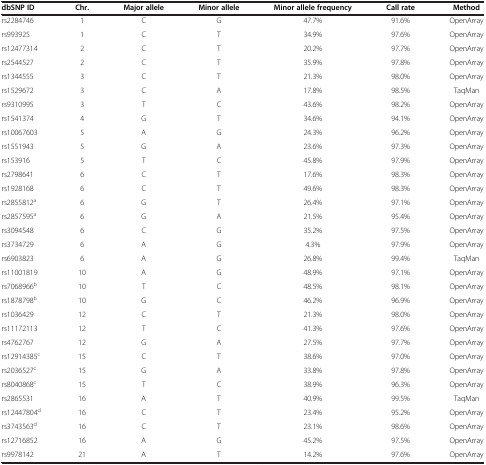
<table><thead><tr><td><b>dbSNP ID</b></td><td><b>Chr.</b></td><td><b>Major allele</b></td><td><b>Minor allele</b></td><td><b>Minor allele frequency</b></td><td><b>Call rate</b></td><td><b>Method</b></td></tr></thead><tbody><tr><td>rs2284746</td><td>1</td><td>C</td><td>G</td><td>47.7%</td><td>91.6%</td><td>OpenArray</td></tr><tr><td>rs993925</td><td>1</td><td>C</td><td>T</td><td>34.9%</td><td>97.6%</td><td>OpenArray</td></tr><tr><td>rs12477314</td><td>2</td><td>C</td><td>T</td><td>20.2%</td><td>97.7%</td><td>OpenArray</td></tr><tr><td>rs2544527</td><td>2</td><td>C</td><td>T</td><td>35.9%</td><td>97.8%</td><td>OpenArray</td></tr><tr><td>rs1344555</td><td>3</td><td>C</td><td>T</td><td>21.3%</td><td>98.0%</td><td>OpenArray</td></tr><tr><td>rs1529672</td><td>3</td><td>C</td><td>A</td><td>17.8%</td><td>98.5%</td><td>TaqMan</td></tr><tr><td>rs9310995</td><td>3</td><td>T</td><td>C</td><td>43.6%</td><td>98.2%</td><td>OpenArray</td></tr><tr><td>rs1541374</td><td>4</td><td>G</td><td>T</td><td>34.6%</td><td>94.1%</td><td>OpenArray</td></tr><tr><td>rs10067603</td><td>5</td><td>A</td><td>G</td><td>24.3%</td><td>96.2%</td><td>OpenArray</td></tr><tr><td>rs1551943</td><td>5</td><td>G</td><td>A</td><td>23.6%</td><td>97.3%</td><td>OpenArray</td></tr><tr><td>rs153916</td><td>5</td><td>T</td><td>C</td><td>45.8%</td><td>97.9%</td><td>OpenArray</td></tr><tr><td>rs2798641</td><td>6</td><td>C</td><td>T</td><td>17.6%</td><td>98.3%</td><td>OpenArray</td></tr><tr><td>rs1928168</td><td>6</td><td>C</td><td>T</td><td>49.6%</td><td>98.3%</td><td>OpenArray</td></tr><tr><td>rs2855812<sup>a</sup></td><td>6</td><td>G</td><td>T</td><td>26.4%</td><td>97.1%</td><td>OpenArray</td></tr><tr><td>rs2857595<sup>a</sup></td><td>6</td><td>G</td><td>A</td><td>21.5%</td><td>95.4%</td><td>OpenArray</td></tr><tr><td>rs3094548</td><td>6</td><td>C</td><td>G</td><td>35.2%</td><td>97.5%</td><td>OpenArray</td></tr><tr><td>rs3734729</td><td>6</td><td>A</td><td>G</td><td>4.3%</td><td>97.9%</td><td>OpenArray</td></tr><tr><td>rs6903823</td><td>6</td><td>A</td><td>G</td><td>26.8%</td><td>99.4%</td><td>TaqMan</td></tr><tr><td>rs11001819</td><td>10</td><td>A</td><td>G</td><td>48.9%</td><td>97.1%</td><td>OpenArray</td></tr><tr><td>rs7068966<sup>b</sup></td><td>10</td><td>T</td><td>C</td><td>48.5%</td><td>98.1%</td><td>OpenArray</td></tr><tr><td>rs1878798<sup>b</sup></td><td>10</td><td>G</td><td>C</td><td>46.2%</td><td>96.9%</td><td>OpenArray</td></tr><tr><td>rs1036429</td><td>12</td><td>C</td><td>T</td><td>21.3%</td><td>98.0%</td><td>OpenArray</td></tr><tr><td>rs11172113</td><td>12</td><td>T</td><td>C</td><td>41.3%</td><td>97.6%</td><td>OpenArray</td></tr><tr><td>rs4762767</td><td>12</td><td>G</td><td>A</td><td>27.5%</td><td>97.7%</td><td>OpenArray</td></tr><tr><td>rs12914385<sup>c</sup></td><td>15</td><td>C</td><td>T</td><td>38.6%</td><td>97.0%</td><td>OpenArray</td></tr><tr><td>rs2036527<sup>c</sup></td><td>15</td><td>G</td><td>A</td><td>33.8%</td><td>97.8%</td><td>OpenArray</td></tr><tr><td>rs8040868<sup>c</sup></td><td>15</td><td>T</td><td>C</td><td>38.9%</td><td>96.3%</td><td>OpenArray</td></tr><tr><td>rs2865531</td><td>16</td><td>A</td><td>T</td><td>40.9%</td><td>99.5%</td><td>TaqMan</td></tr><tr><td>rs12447804<sup>d</sup></td><td>16</td><td>C</td><td>T</td><td>23.4%</td><td>95.2%</td><td>OpenArray</td></tr><tr><td>rs3743563<sup>d</sup></td><td>16</td><td>C</td><td>T</td><td>23.1%</td><td>98.6%</td><td>OpenArray</td></tr><tr><td>rs12716852</td><td>16</td><td>A</td><td>G</td><td>45.2%</td><td>97.5%</td><td>OpenArray</td></tr><tr><td>rs9978142</td><td>21</td><td>A</td><td>T</td><td>14.2%</td><td>97.6%</td><td>OpenArray</td></tr></tbody></table>